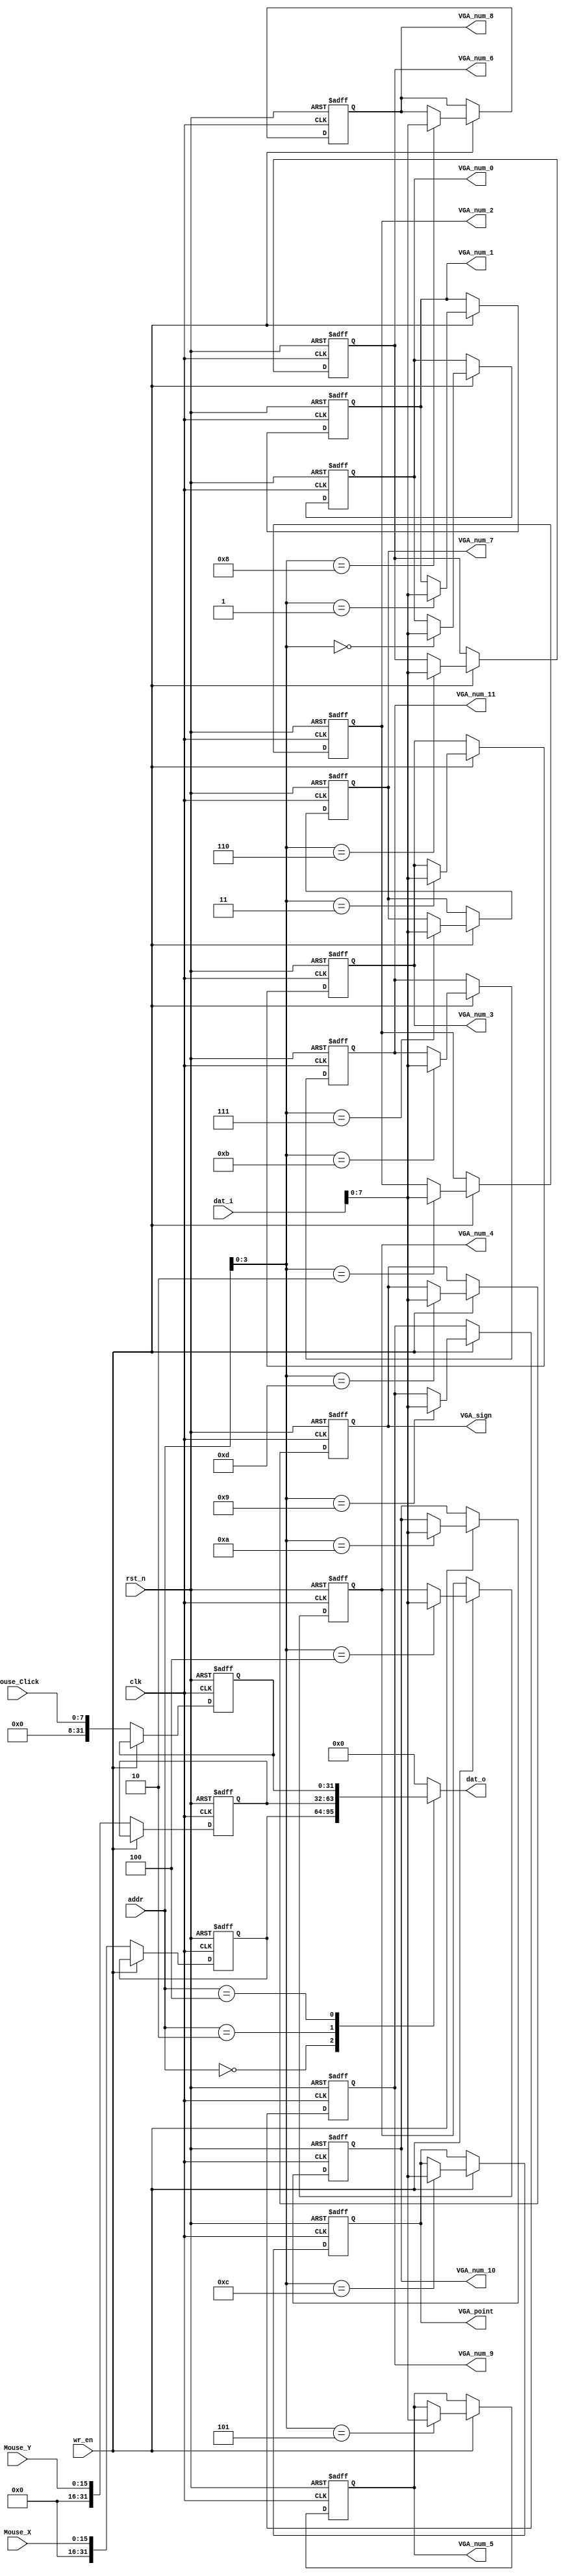


module GPIO
   #(
        parameter            Origin         = 0,
        parameter            MOUSE_X        = Origin,
        parameter            MOUSE_Y        = Origin + 2,
        parameter            MOUSE_CLICK    = Origin + 4
    )
    (
	
        input                clk,  
        input                rst_n,  
        
        input                wr_en,  //
        input      [31:0]    addr,   // IO
        input      [31:0]    dat_i,   // IO
        input      [15:0]    Mouse_X, //
        input      [15:0]    Mouse_Y, //
        input      [7:0]     Mouse_Click, //
        //VGA
        output     [7:0]     VGA_num_0,
        output     [7:0]     VGA_num_1,
        output     [7:0]     VGA_num_2,
        output     [7:0]     VGA_num_3,
        output     [7:0]     VGA_num_4,
        output     [7:0]     VGA_num_5,
        output     [7:0]     VGA_num_6,
        output     [7:0]     VGA_num_7,
        output     [7:0]     VGA_num_8,
        output     [7:0]     VGA_num_9,
        output     [7:0]     VGA_num_10,
        output     [7:0]     VGA_num_11,
        output     [7:0]     VGA_point,
        output     [7:0]     VGA_sign,


        output reg [31:0]    dat_o       // IO

    );
        //
        reg        [31:0]    Mouse[2:0];
        //VGA
        reg        [7:0]     VGA[13:0];

        integer              i;

        assign               VGA_num_0      = VGA[0];
        assign               VGA_num_1      = VGA[1];
        assign               VGA_num_2      = VGA[2];
        assign               VGA_num_3      = VGA[3];
        assign               VGA_num_4      = VGA[4];
        assign               VGA_num_5      = VGA[5];
        assign               VGA_num_6      = VGA[6];
        assign               VGA_num_7      = VGA[7];
        assign               VGA_num_8      = VGA[8];
        assign               VGA_num_9      = VGA[9];
        assign               VGA_num_10     = VGA[10];
        assign               VGA_num_11     = VGA[11];
        assign               VGA_point      = VGA[12];
        assign               VGA_sign       = VGA[13];

        //
        //1. 2.CPUVGA
        always @(posedge clk or negedge rst_n) begin
            if(rst_n == 0) begin
                for(i=0;i<=13;i=i+1)
                    VGA[i] <= 0;
                for(i=0;i<=2;i=i+1)
                    Mouse[i] <= 0;
                // Mouse[0] = 666;
                // Mouse[1] = 666;
                // Mouse[2] = 666;
            end
            else begin
                if(wr_en == 1) begin //CPUVGA
                    for(i=0;i<=13;i=i+1) begin
                        if(addr[3:0] == i) //VGAcpu
                            VGA[i] <= dat_i[7:0];
                        else VGA[i] <= VGA[i];
                    end 
                    for(i=0;i<=2;i=i+1)
                        Mouse[i] <= Mouse[i];
                end
                else begin //
                    for(i=0;i<=13;i=i+1) begin
                        VGA[i] <= VGA[i];
                    end
                    // for(i=0;i<=2;i=i+1) begin
                    //     Mouse[i] <= Mouse[i];
                    // end
                    Mouse[0] <= {16'b0000_0000_0000_0000,Mouse_X};
                    Mouse[1] <= {16'b0000_0000_0000_0000,Mouse_Y};
                    Mouse[2] <= {24'b0000_0000_0000_0000_0000_0000,Mouse_Click}; 
                end
            end
        end

        //
        //CPU
        always @(*) begin
            case (addr)
                MOUSE_X:        dat_o = Mouse[0];
                MOUSE_Y:        dat_o = Mouse[1];
                MOUSE_CLICK:    dat_o = Mouse[2];
                default: dat_o = 32'b0;
            endcase
        end

endmodule